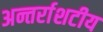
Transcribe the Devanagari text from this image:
अन्तर्राशटीय